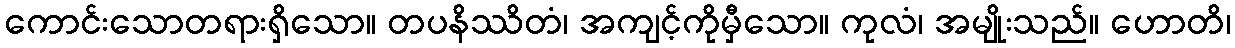
ကောင်းသောတရားရှိသော။ တပနိဿိတံ၊ အကျင့်ကိုမှီသော။ ကုလံ၊ အမျိုးသည်။ ဟောတိ၊